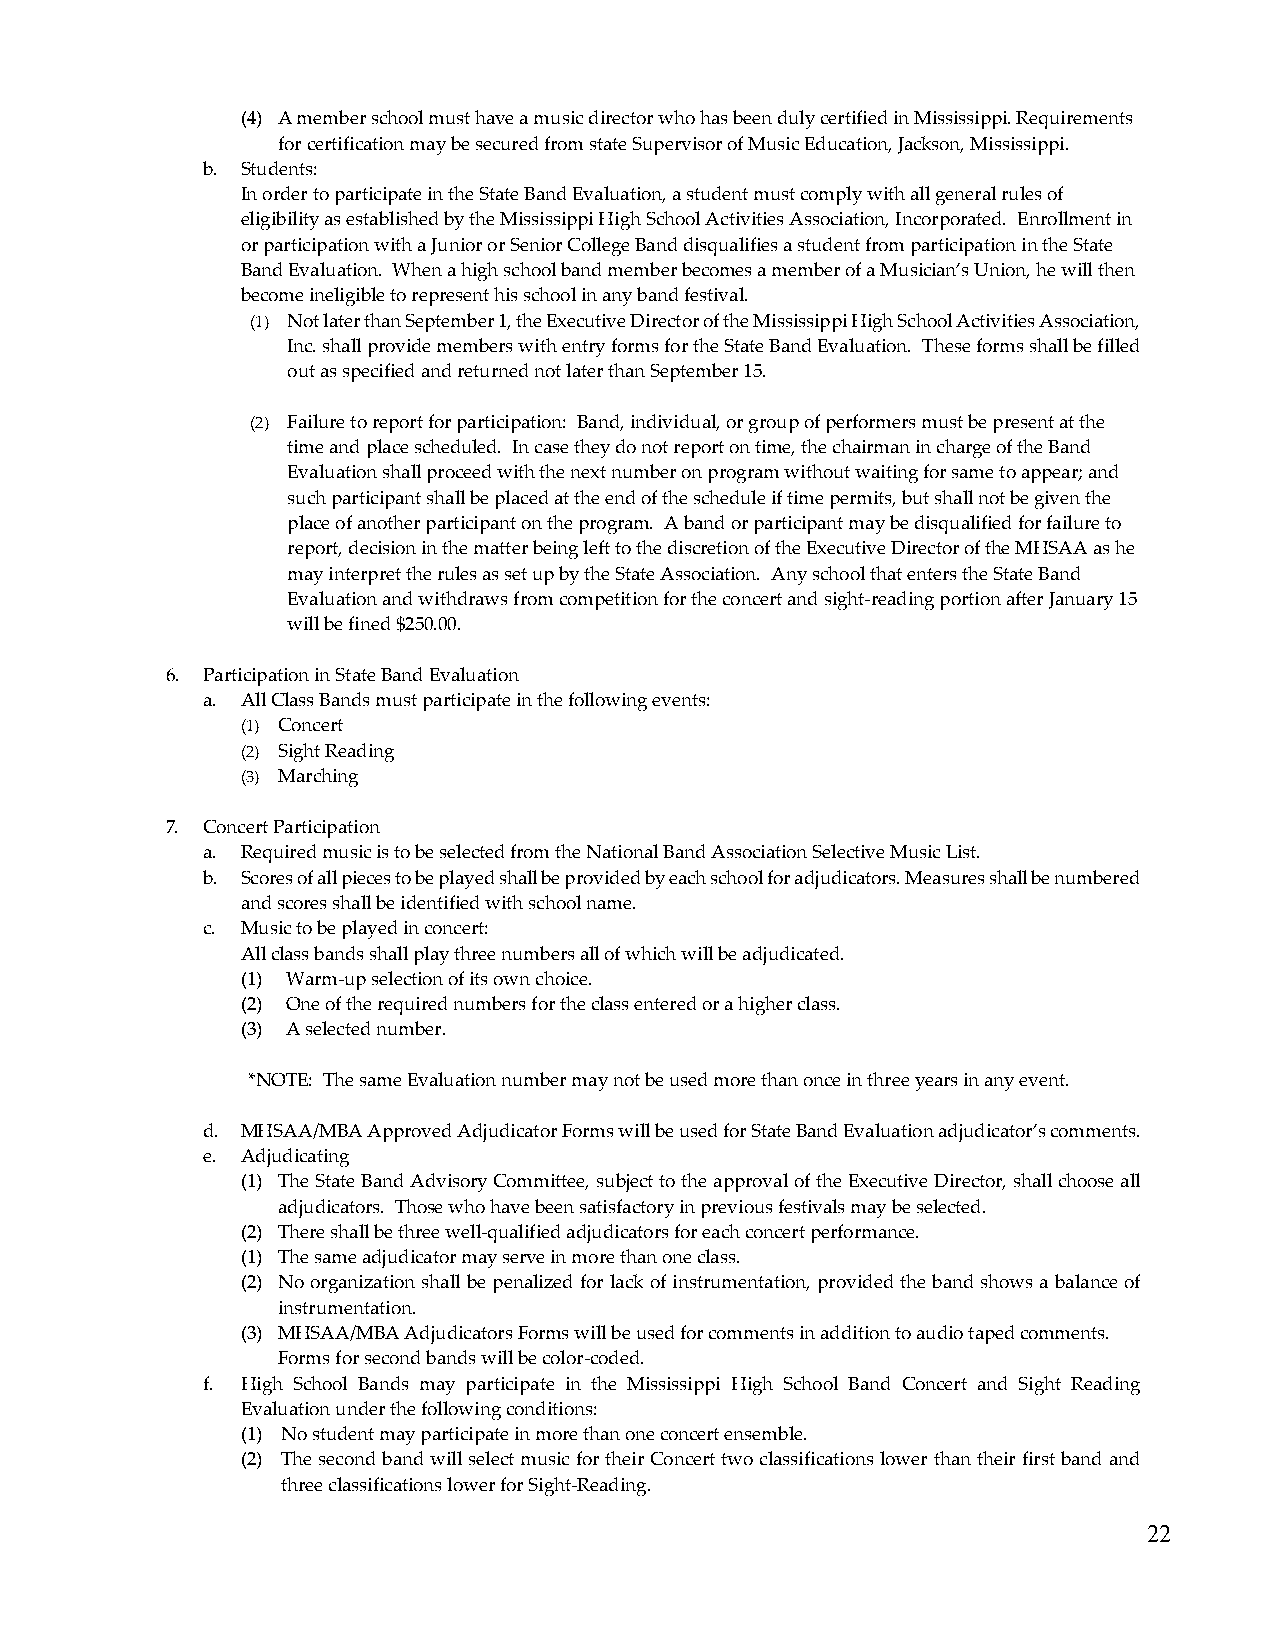
(4) A member school must have a music director who has been duly certified in Mississippi. Requirements
 for certification may be secured from state Supervisor of Music Education, Jackson, Mississippi.
 b. Students:
 In order to participate in the State Band Evaluation, a student must comply with all general rules of
 eligibility as established by the Mississippi High School Activities Association, Incorporated. Enrollment in
 or participation with a Junior or Senior College Band disqualifies a student from participation in the State
 Band Evaluation. When a high school band member becomes a member of a Musician’s Union, he will then
 become ineligible to represent his school in any band festival.
 (1) Not later than September 1, the Executive Director of the Mississippi High School Activities Association,
 Inc. shall provide members with entry forms for the State Band Evaluation. These forms shall be filled
 out as specified and returned not later than September 15.
 (2) Failure to report for participation: Band, individual, or group of performers must be present at the
 time and place scheduled. In case they do not report on time, the chairman in charge of the Band
 Evaluation shall proceed with the next number on program without waiting for same to appear; and
 such participant shall be placed at the end of the schedule if time permits, but shall not be given the
 place of another participant on the program. A band or participant may be disqualified for failure to
 report, decision in the matter being left to the discretion of the Executive Director of the MHSAA as he
 may interpret the rules as set up by the State Association. Any school that enters the State Band
 Evaluation and withdraws from competition for the concert and sight-reading portion after January 15
 will be fined $250.00.
 6. Participation in State Band Evaluation
 a. All Class Bands must participate in the following events:
 (1) Concert
 (2) Sight Reading
 (3) Marching
 7. Concert Participation
 a. Required music is to be selected from the National Band Association Selective Music List.
 b. Scores of all pieces to be played shall be provided by each school for adjudicators. Measures shall be numbered
 and scores shall be identified with school name.
 c. Music to be played in concert:
 All class bands shall play three numbers all of which will be adjudicated.
 (1) Warm-up selection of its own choice.
 (2) One of the required numbers for the class entered or a higher class.
 (3) A selected number.
 *NOTE: The same Evaluation number may not be used more than once in three years in any event.
 d. MHSAA/MBA Approved Adjudicator Forms will be used for State Band Evaluation adjudicator’s comments.
 e. Adjudicating
 (1) The State Band Advisory Committee, subject to the approval of the Executive Director, shall choose all
 adjudicators. Those who have been satisfactory in previous festivals may be selected.
 (2) There shall be three well-qualified adjudicators for each concert performance.
 (1) The same adjudicator may serve in more than one class.
 (2) No organization shall be penalized for lack of instrumentation, provided the band shows a balance of
 instrumentation.
 (3) MHSAA/MBA Adjudicators Forms will be used for comments in addition to audio taped comments.
 Forms for second bands will be color-coded.
 f. High School Bands may participate in the Mississippi High School Band Concert and Sight Reading
 Evaluation under the following conditions:
 (1) No student may participate in more than one concert ensemble.
 (2) The second band will select music for their Concert two classifications lower than their first band and
 three classifications lower for Sight-Reading.
 22